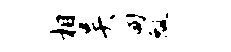
相吴甸瓢